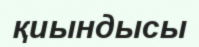
қиындысы